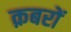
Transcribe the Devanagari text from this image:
क़बरों